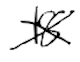
Text: 18
Cross-out: cross
Writing tool: digital_black